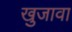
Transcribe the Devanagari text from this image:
खुजावा